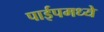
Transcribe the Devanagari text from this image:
पाईपमध्ये